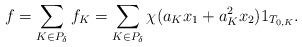
LaTeX: \begin{align*}f = \sum_{K \in P_{\delta}}f_K = \sum_{K \in P_{\delta}}\chi(a_{K}x_{1} + a_{K}^{2}x_2)1_{T_{0, K}}.\end{align*}